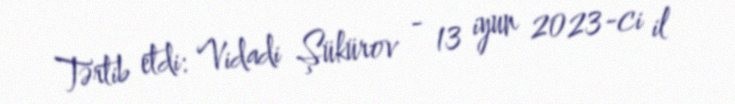
Tərtib etdi: Vidadi Şükürov - 13 iyun 2023-ci il